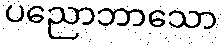
ပညောဘာသော